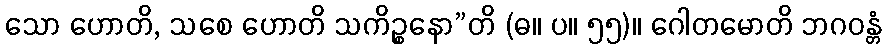
သော ဟောတိ, သစေ ဟောတိ သကိဉ္စနော”တိ (ဓ။ ပ။ ၅၅)။ ဂေါတမောတိ ဘဂဝန္တံ